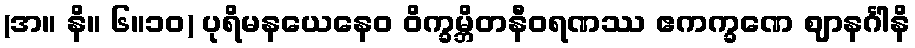
(အ။ နိ။ ၆။၁၀) ပုရိမနယေနေဝ ဝိက္ခမ္ဘိတနီဝရဏဿ ဧကက္ခဏေ ဈာနင်္ဂါနိ